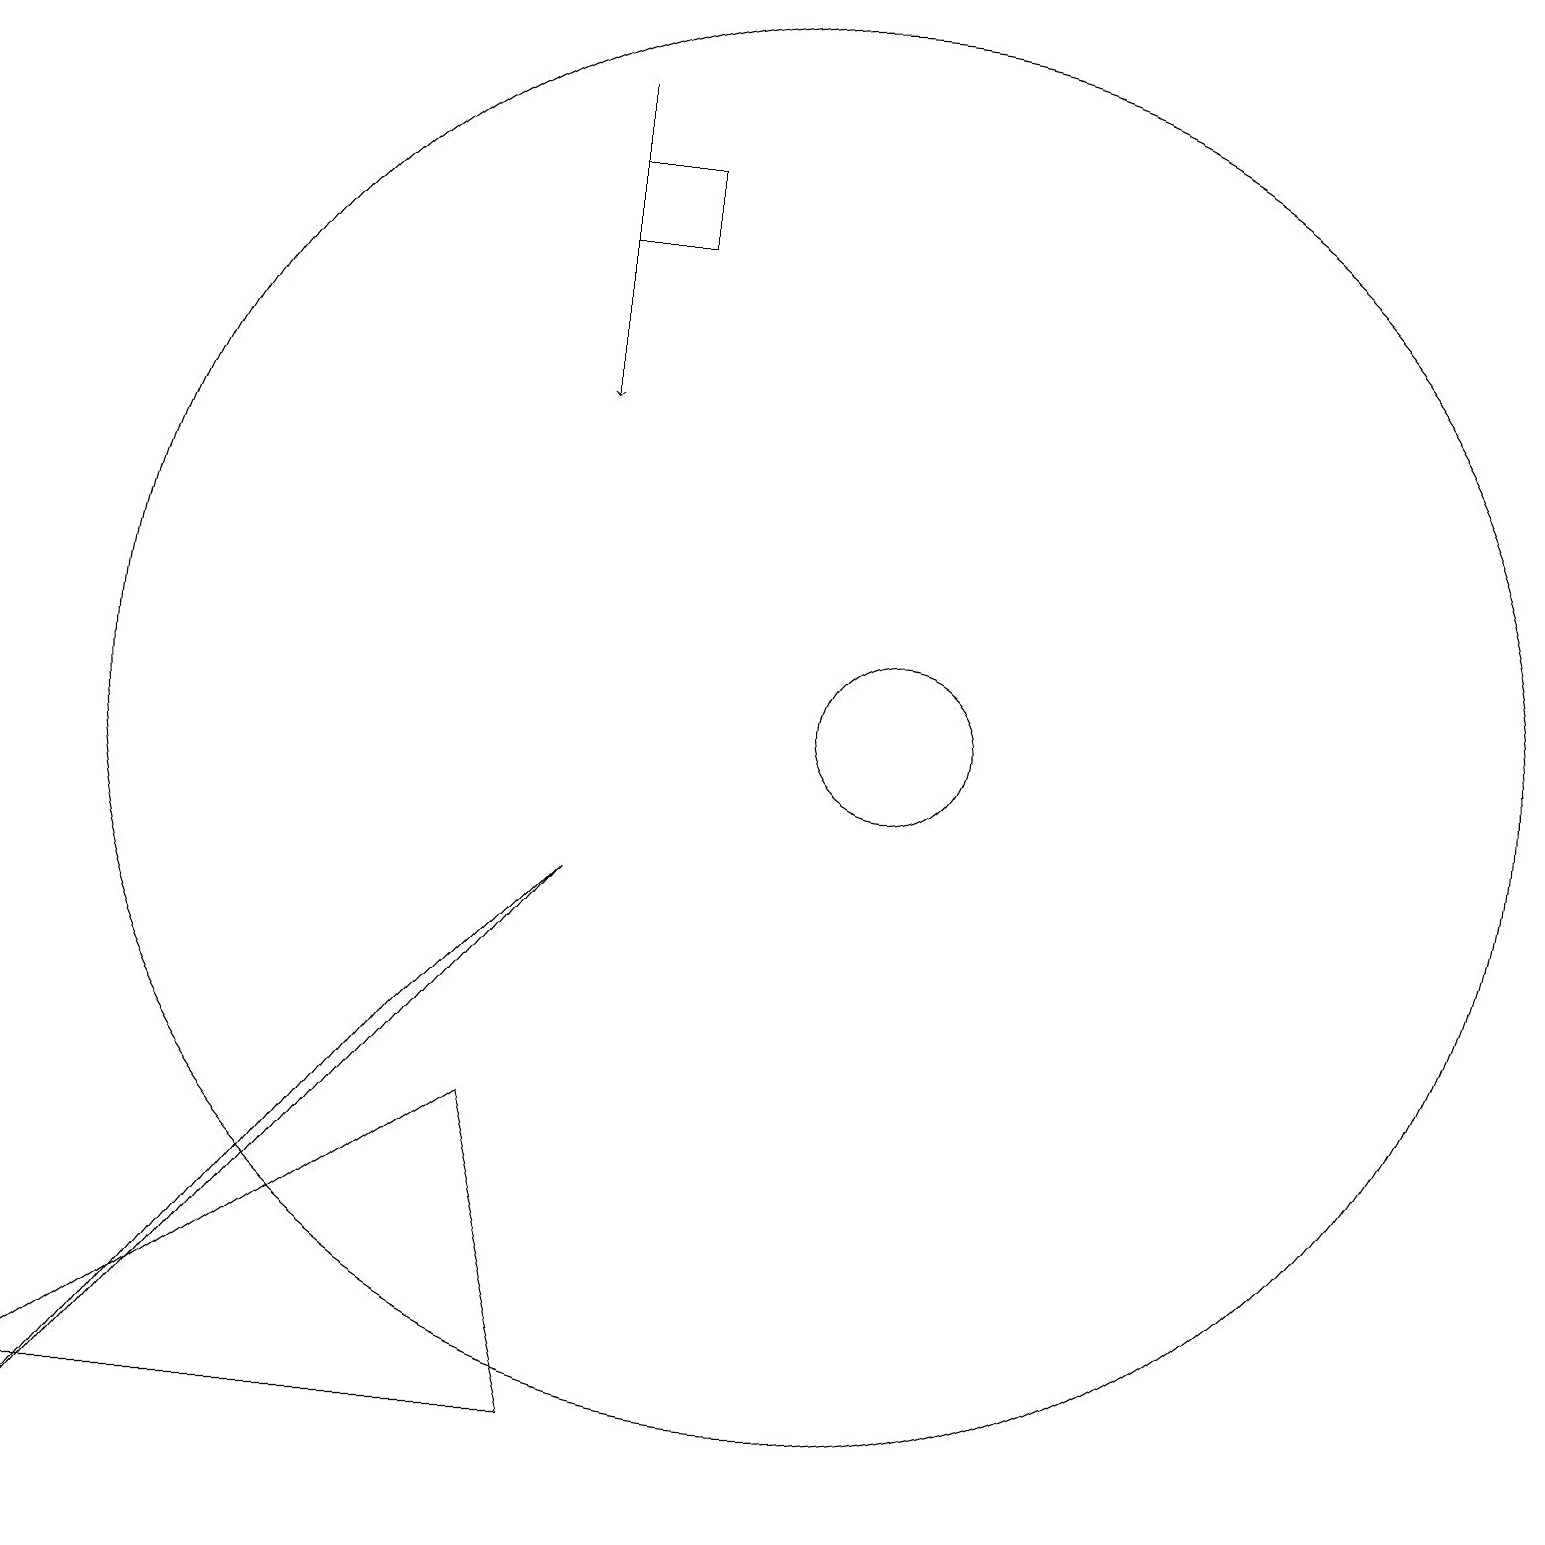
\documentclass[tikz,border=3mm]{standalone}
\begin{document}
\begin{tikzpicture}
\draw (12,11) circle (1);
\draw (1,1) -- (8,9) -- (6,7) -- cycle;
\draw[->] (8,19) -- (8,15);
\draw (9,17) rectangle (8,18);
\draw (7,6) -- (1,2) -- (8,2) -- cycle;
\draw (11,11) circle (9);
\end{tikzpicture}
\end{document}